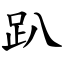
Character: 趴